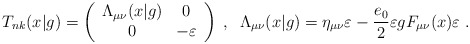
\begin{align*}T_{nk}(x|g)=\left ( \begin{array}{cc} \Lambda_{\mu \nu}(x|g) & 0\\ 0 &-\varepsilon\\ \end{array}\right )\;,\;\;\Lambda_{\mu \nu}(x|g)=\eta_{\mu \nu}\varepsilon-\frac{e_{0}}{2} \varepsilon gF_{\mu \nu}(x)\varepsilon\;.\end{align*}